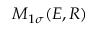
M _ { 1 \sigma } ( E , R )